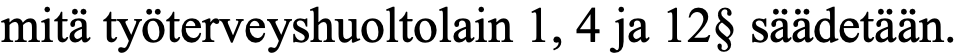
mitä työterveyshuoltolain 1, 4 ja 12§ säädetään.